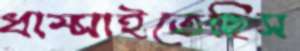
ধাম্‌সাইতেছিস